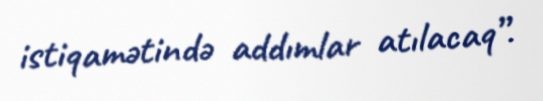
istiqamətində addımlar atılacaq”.